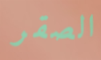
الصقر